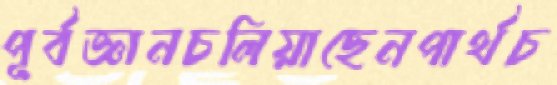
পূর্বজ্ঞানচলিয়াছেনপার্থচ